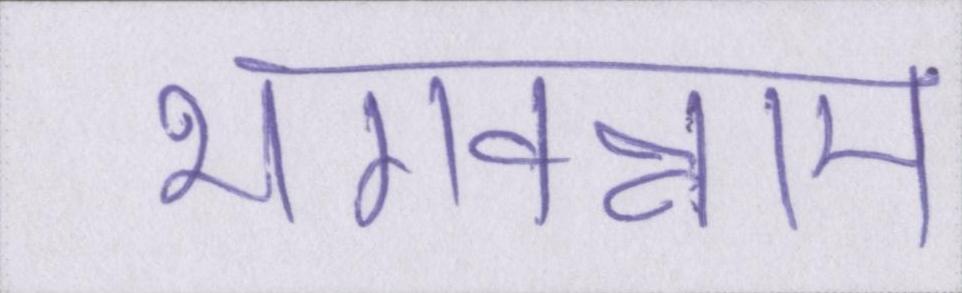
भगवन्नाम